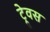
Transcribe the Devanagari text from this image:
ट्रेवस